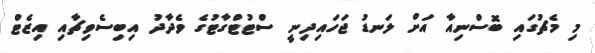
މި މެޗުގައި ބޮސްނިއާ އަށް ލަނޑު ޖަހައިދިނީ ސްޓުޓްގާޓުގެ ވެދާދު އިބިސެވިޗާއި އިޒެޓް